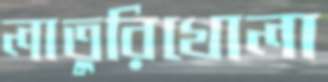
লাতুরিখোলা